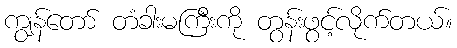
ကျွန်တော် တံခါးမကြီးကို တွန်းဖွင့်လိုက်တယ်။